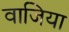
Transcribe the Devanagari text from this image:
वाजिया